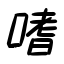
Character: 嗜